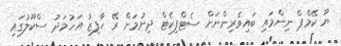
ޔޫ ކޭމްޕް ނިންމައި ބައިވެރިންނަށް ސެޓްފިކެޓް ދިނުމަށް ރޭ ހާފިޒު އަހުމަދު ސްކޫލުގައި